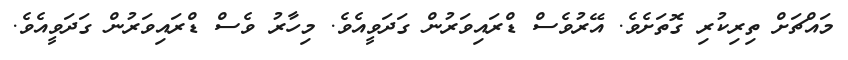
މައްޗަށް ތިރިކުރި ގޮތަށެވެ. އޭރުވެސް ޑްރައިވަރުން ގަދަވީއެވެ. މިހާރު ވެސް ޑްރައިވަރުން ގަދަވީއެވެ.